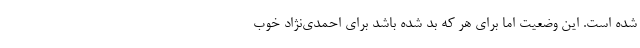
شده است. این وضعیت اما برای هر که بد شده باشد برای احمدی‌نژاد خوب